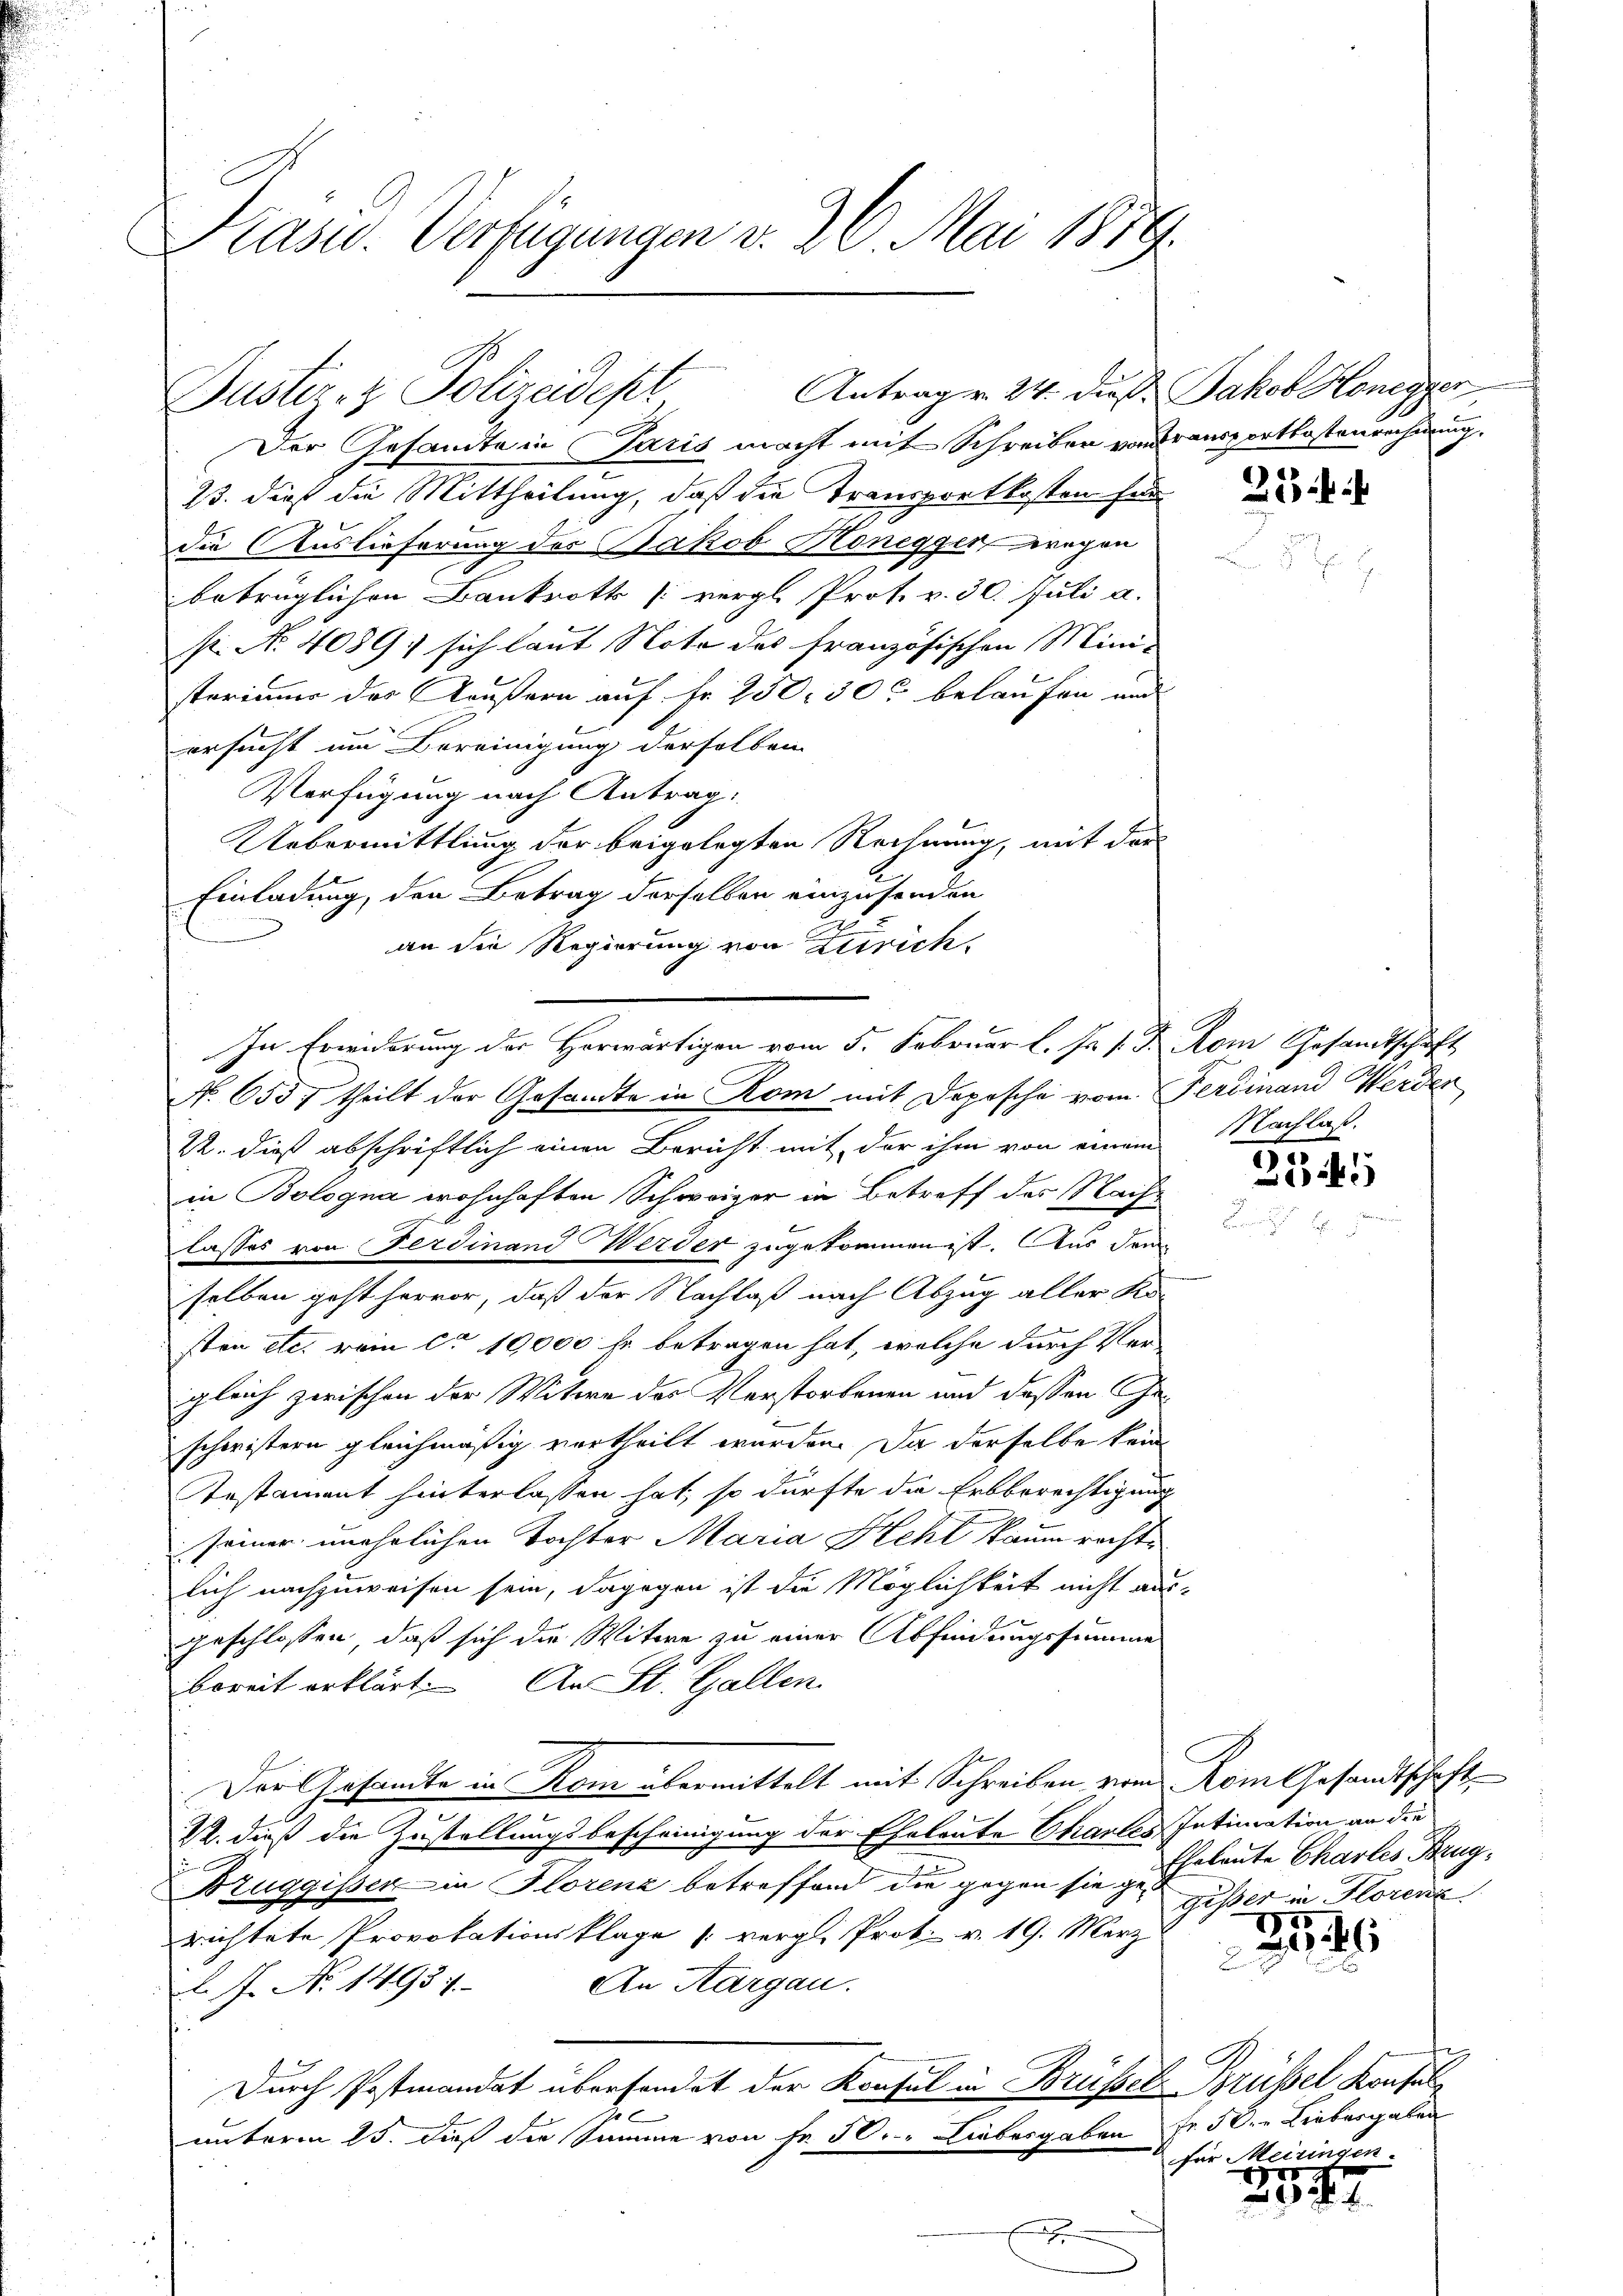
Krasu. Verfügungen v. 26. Mai 1879.

Antrag v. 24. dieß Jakob Honegger,
Guster- & Polizeidept

Der Gesandte in Paris macht mit Schreiben von dransportkostenrechnung.
23. dieß die Mittheilung, daß die Transportkosten für
die Auslieferung des Jakob Honegger wegen
betrüglichen Bankrotts [vergl. Prot. v. 30. Juli a.
s. No 4089: sich laut Note des französischen Mini-
stariums des Käußern auf Fr. 250. 30 belaufen und
ersucht um Bereinigung derselben
Verfügung nach Antrag:
Uebermittlung der beigelegten Rechnung, mit der
Einladung, den Betrag derselben einzusenden
an die Regierung von Zürich,
No 6557 theilt der Gesamte in Rom mit Depesche vom Ferdinand Werden
22. dieß abschriftlich einen Bericht mit der ihm von einem Nachlaß
in Bologna wohnhaften Schweizer in Betreff des Nach-
lasses von Ferdinand Werder zugekommen ist. Aus dem
selben geht hervor, daß der Nachlaß nach Abzug aller Ka-
sten etc. rein ca 19,000 fr. betragen hat, welche durch Vergleich zwischen der Witwe des Verstorbenen und dessen Geschwistern gleichmäßig vertheilt wurden. Da derselbe kein
Testament hinterlassen hat, so dürfte die Erbberechtigung
seiner unehrlichen Tochter Maria Hehl kaum rechte
lich nachzuweisen sein, dagegen ist die Möglichkeit nicht aus-
geschlossen, daß sich die Witwe zu einer Abfindungssumme
bereit erklärt. An St. Gallen.
Der Gesandte in Rom übermittelt mit Schreiben vom Rom Gesandtschaft
22. dieß die Zustellungsbescheinigung der Eheleute Chartes Intimation an die
Bruggisser in Florenz betreffend die gegen sie „Erlaute Charlis Brugrichtete Provokationsklage (vergl. Prot. v. 19. März
An Aargau.
L. J. N. 14957.
Durch Postmandat übersendet der Konsul in Brüssel Brüssel Konsul
se
unterm 25. dieß die Summe von Fr. 50. Liebesgaben Fr. 50. Liebesgaben
x

In Erwiderung der Herwärtigen vom 5. Februar l. Js. v. J. Rom Gesandtschaft

35 f.

2

s
2144

gesser in Florenz.
2

2146

2
für Meisingen.

ugegen
. 2.
n